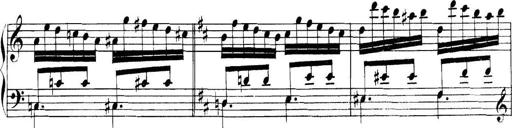
Title: Collected Piano Sonatas
Composer: Muzio Clementi